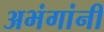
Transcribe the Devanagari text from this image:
अभंगांनी